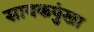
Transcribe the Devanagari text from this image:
सायकपुंखा